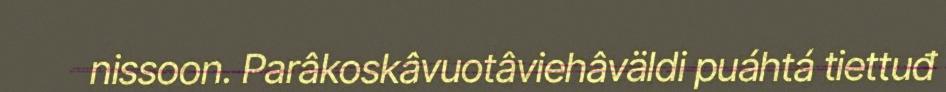
nissoon. Parâkoskâvuotâviehâväldi puáhtá tiettuđ